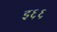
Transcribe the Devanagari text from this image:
इ६६